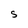
Character: S